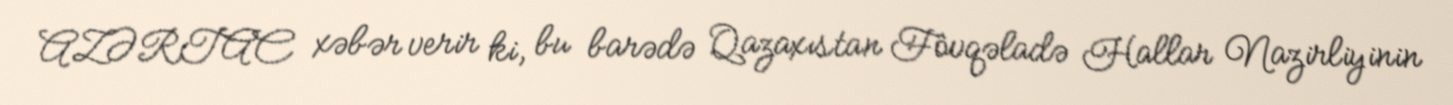
AZƏRTAC xəbər verir ki, bu barədə Qazaxıstan Fövqəladə Hallar Nazirliyinin